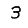
Digit: 3